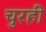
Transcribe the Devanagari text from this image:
चुरही